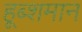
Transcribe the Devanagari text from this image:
हूब्शमान